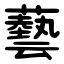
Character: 藝